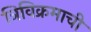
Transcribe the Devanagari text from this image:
त्रिविक्रमाची